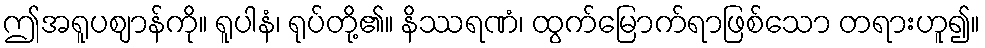
ဤအရူပဈာန်ကို။ ရူပါနံ၊ ရုပ်တို့၏။ နိဿရဏံ၊ ထွက်မြောက်ရာဖြစ်သော တရားဟူ၍။